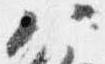
八